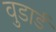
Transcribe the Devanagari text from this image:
वुडार्ड